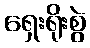
ရှေးရိုးစွဲ